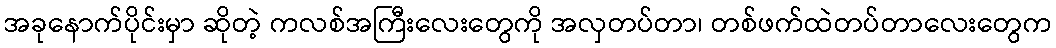
အခုနောက်ပိုင်းမှာ ဆိုတဲ့ ကလစ်အကြီးလေးတွေကို အလှတပ်တာ၊ တစ်ဖက်ထဲတပ်တာလေးတွေက